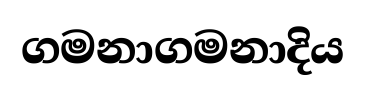
ගමනාගමනාදිය